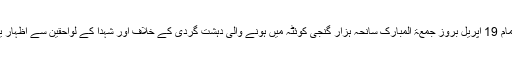
شیعہ علما کونسل شمالی پنجاب کے زیراہتمام 19 اپریل بروز جمعۃ المبارک سانحہ ہزار گنجی کوئٹہ میں ہونے والی دہشت گردی کے خلاف اور شہدا کے لواحقین سے اظہار یکجہتی کے لئے یوم احتجاج منایا جائے گا۔